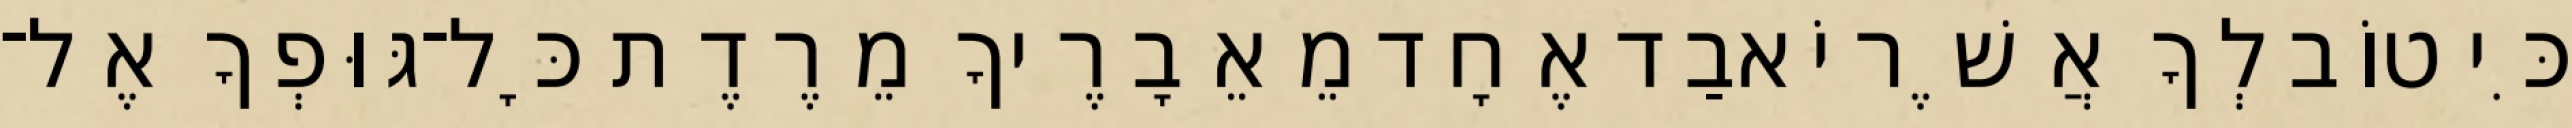
כִּי טוֹב לְךָ אֲשֶׁר יֹאבַד אֶחָד מֵאֵבָרֶיךָ מֵרֶדֶת כָּל־גּוּפְךָ אֶל־